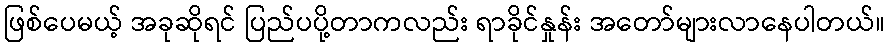
ဖြစ်ပေမယ့် အခုဆိုရင် ပြည်ပပို့တာကလည်း ရာခိုင်နှုန်း အတော်များလာနေပါတယ်။